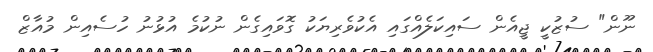
ނޫން" ސުޒުކީ ޖީއެން ސައިކަލެއްގައި އެކުވެރިޔަކު ގޮވައިގެން ނުކުމެ އުޅުނު ހުސެއިން މުއާޒް